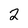
Character: 2